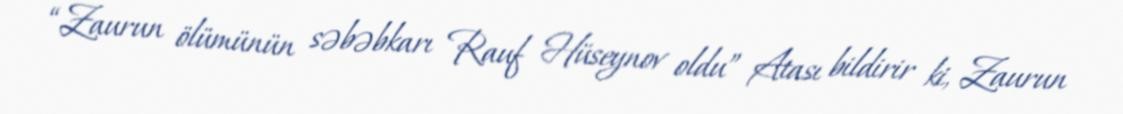
“Zaurun ölümünün səbəbkarı Rauf Hüseynov oldu” Atası bildirir ki, Zaurun